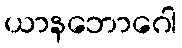
ယာနဘောဂေါ